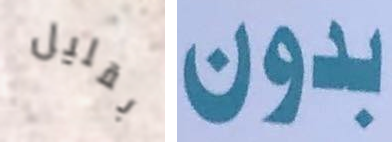
بقليل بدون